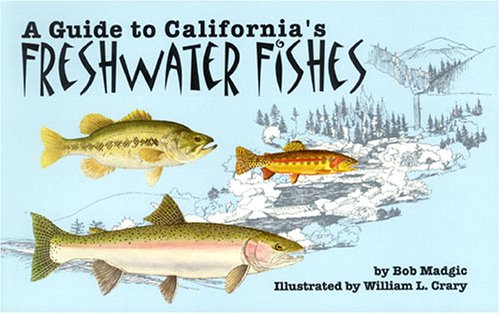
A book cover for A Guide to California's Freshwater Fishes; Bob Madgic; Sports & Outdoors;